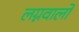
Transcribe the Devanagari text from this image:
लग्नवालों